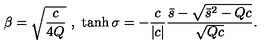
\beta = \sqrt { \frac { c } { 4 Q } } \ , \ \tanh \sigma = - \frac { c } { | c | } \frac { \bar { s } - \sqrt { \bar { s } ^ { 2 } - Q c } } { \sqrt { Q c } } .